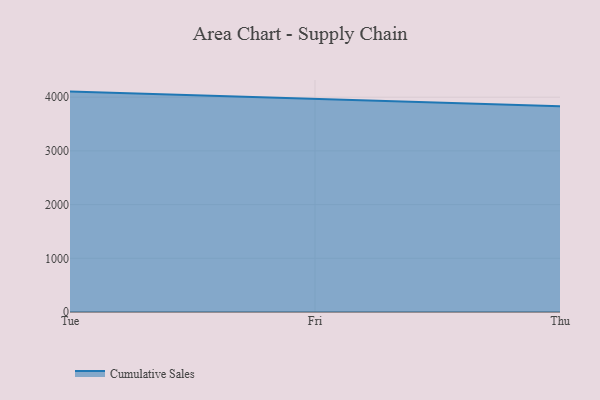
{"axis": {"x": "Day", "y": "LTV (USD)"}, "legend": ["Cumulative Sales"], "data": [{"x": "Tue", "y": 4104.2, "type": "Cumulative Sales"}, {"x": "Fri", "y": 3973.3, "type": "Cumulative Sales"}, {"x": "Thu", "y": 3831.5, "type": "Cumulative Sales"}]}